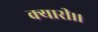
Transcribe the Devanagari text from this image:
क्यारी।।